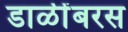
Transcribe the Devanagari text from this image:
डाळींबरस